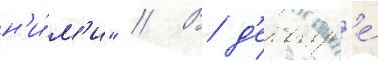
н'и́м'и" // В д'екабр'е́